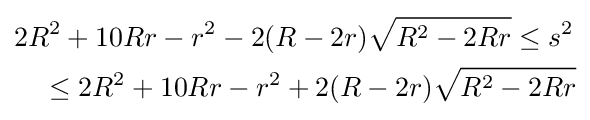
{\begin{aligned}&2R^{2}+10Rr-r^{2}-2(R-2r){\sqrt {R^{2}-2Rr}}\leq s^{2}\\&\quad \leq 2R^{2}+10Rr-r^{2}+2(R-2r){\sqrt {R^{2}-2Rr}}\end{aligned}}